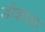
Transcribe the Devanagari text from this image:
डोकावर